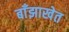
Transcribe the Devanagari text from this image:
बाँझाखेत